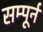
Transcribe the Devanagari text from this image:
सम्पूर्न